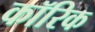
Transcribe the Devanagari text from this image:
कॉरिक